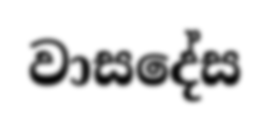
වාසදේස